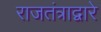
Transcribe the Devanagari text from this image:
राजतंत्राद्वारे